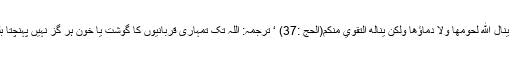
اللہ تعالی کا فرمان ہے : لَنْ يَّنَالَ اللّٰهَ لُحُوْمُهَا وَلَا دِمَاۗؤُهَا وَلٰكِنْ يَّنَالُهُ التَّقْوٰي مِنْكُمْ(الحج :37) ‘ ترجمہ: اللہ تک تمہاری قربانیوں کا گوشت یا خون ہر گز نہیں پہنچتا بلکہ تمہارا تقویٰ پہنچتا ہے۔